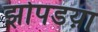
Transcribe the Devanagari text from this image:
झोपडय़ा